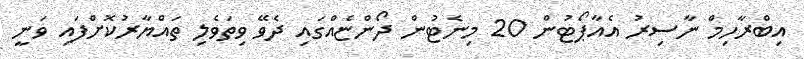
އިބްރާހިމް ނާސިރު އެއާޕޯޓުން 20 މިނެޓުން ދޯންޏެއްގައި ދެވޭ ވިތަވެލި ތައްޔާރުކޮށްފައި ވަނީ